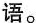
语。